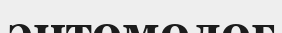
энтомолог